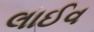
લાઈવ